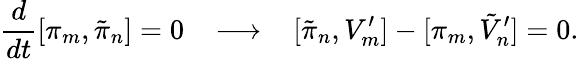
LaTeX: \frac{d}{dt}[\pi_{m},\tilde{\pi}_{n}]=0\; \; \; \longrightarrow\; \; \; [\tilde{\pi}_{n},V_{m}^{\prime}]-[\pi_{m},\tilde{V}_{n}^{\prime}]=0.